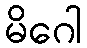
မိဂေါ